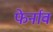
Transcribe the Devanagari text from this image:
फेर्नाव